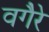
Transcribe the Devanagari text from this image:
वगैेरे